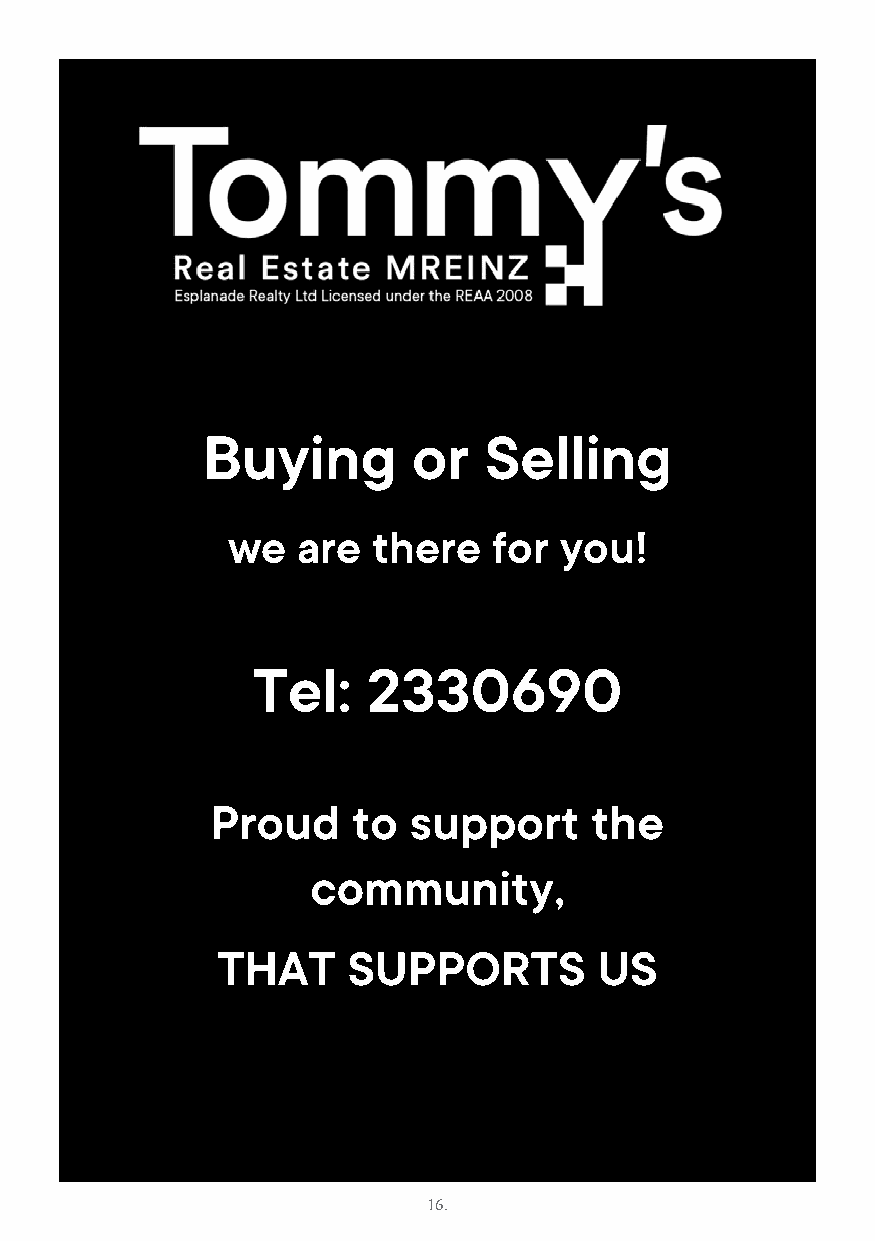
Buying        or   Selling
 we   are  there   for you!
 Tel:   2330690
 Proud    to  support     the
 community,
 THAT     SUPPORTS         US
 16.